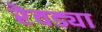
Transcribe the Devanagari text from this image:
रेवड्या